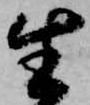
生